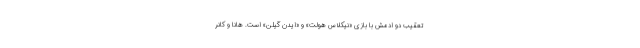
تعقیب دو ادمش با بازی «نیکلاس هولت» و «ایدن گیلن» است. هانا و کانر